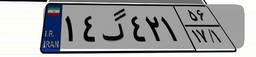
۱۴گ۴۲۱۵۶